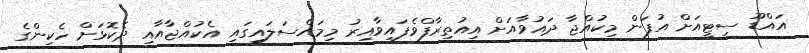
އައްޑޫ ސިޓީއަށް އުފަން މިކުއްޖާ ދައުވާއަށް އިއުތިރާފްވެފައިވާއިރު މިމައްސަލައިގައި އެކުއްޖާއާއި ދެކޮޅަށް ހެކިންގެ